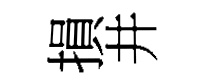
損井